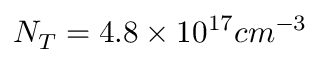
N _ { T } = 4 . 8 \times 1 0 ^ { 1 7 } c m ^ { - 3 }